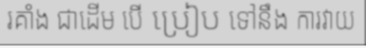
រគាំង ជាដើម បើ ប្រៀប ទៅនឹង ការវាយ